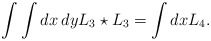
\begin{align*}\int \int dx \: dy L_{3} \star L_{3} = \int dx L_{4} . \end{align*}